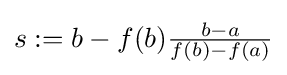
{\textstyle s:=b-f(b){\frac {b-a}{f(b)-f(a)}}}